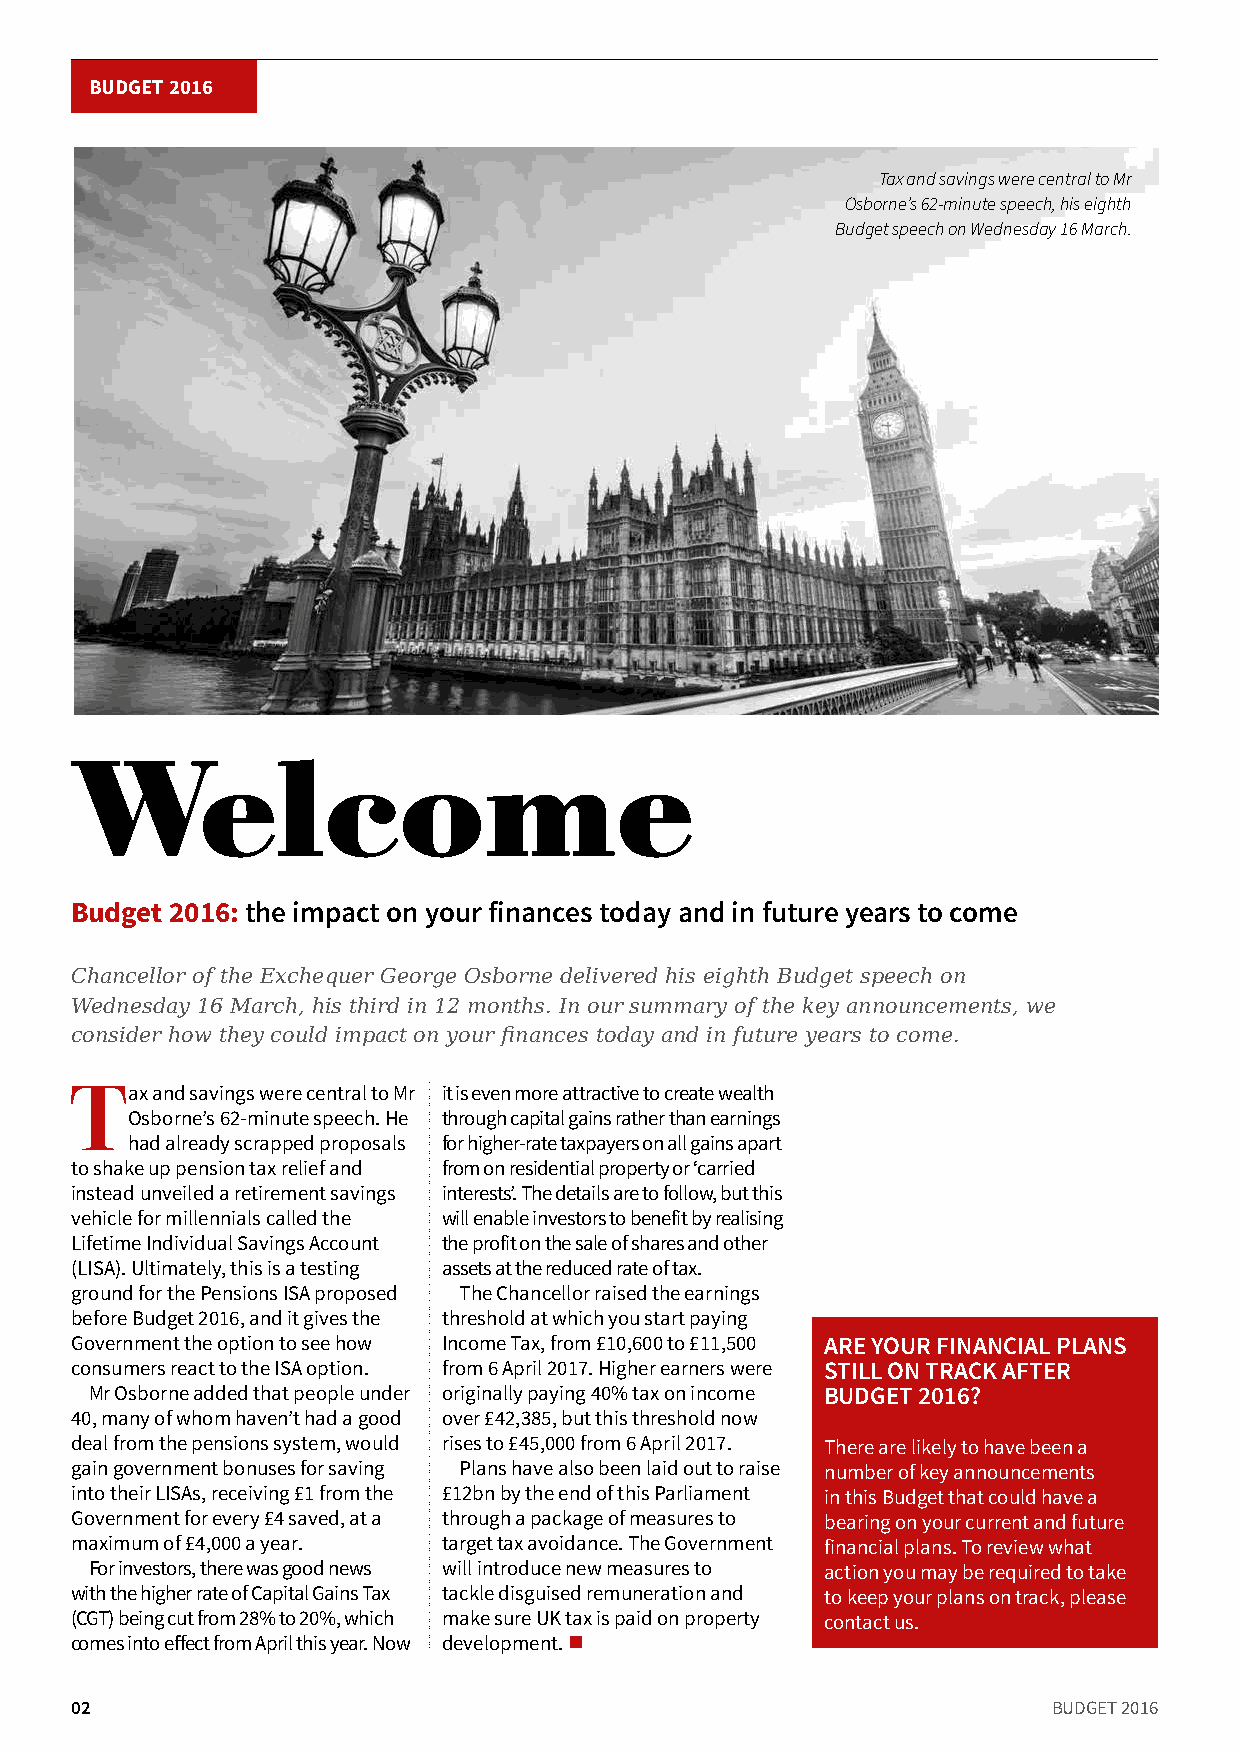
BUDGET 2016
 Tax and savings were central to Mr
 Osborne’s 62-minute speech, his eighth
 Budget speech on Wednesday 16 March.
 Welcome
 Budget 2016: the impact on your finances today and in future years to come
 Chancellor of the Exchequer George Osborne delivered his eighth Budget speech on
 Wednesday 16 March, his third in 12 months. In our summary of the key announcements, we
 consider how they could impact on your finances today and in future years to come.
 Tax  and savings were central to Mr it is even more attractive to create wealth
 Osborne’s 62-minute speech. He through capital gains rather than earnings
 had already scrapped proposals for higher-rate taxpayers on all gains apart
 to shake up pension tax relief and from on residential property or ‘carried
 instead unveiled a retirement savings interests’. The details are to follow, but this
 vehicle for millennials called the will enable investors to benefit by realising
 Lifetime Individual Savings Account the profit on the sale of shares and other
 (LISA). Ultimately, this is a testing assets at the reduced rate of tax.
 ground for the Pensions ISA proposed The Chancellor raised the earnings
 before Budget 2016, and it gives the threshold at which you start paying
 Government the option to see how Income Tax, from £10,600 to £11,500 ARE YOUR FINANCIAL PLANS
 consumers react to the ISA option. from 6 April 2017. Higher earners were STILL ON TRACK AFTER
 Mr Osborne added that people under originally paying 40% tax on income BUDGET 2016?
 40, many of whom haven’t had a good over £42,385, but this threshold now
 deal from the pensions system, would rises to £45,000 from 6 April 2017. There are likely to have been a
 gain government bonuses for saving Plans have also been laid out to raise number of key announcements
 into their LISAs, receiving £1 from the £12bn by the end of this Parliament in this Budget that could have a
 Government for every £4 saved, at a through a package of measures to bearing on your current and future
 maximum of £4,000 a year. target tax avoidance. The Government financial plans. To review what
 For investors, there was good news will introduce new measures to action you may be required to take
 with the higher rate of Capital Gains Tax tackle disguised remuneration and to keep your plans on track, please
 (CGT) being cut from 28% to 20%, which make sure UK tax is paid on property contact us.
 comes into effect from April this year. Now development. n
 02                                                               BUDGET 2016